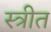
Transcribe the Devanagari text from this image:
स्त्रीत